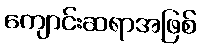
ကျောင်းဆရာအဖြစ်